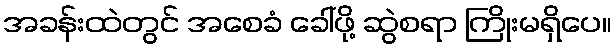
အခန်းထဲတွင် အစေခံ ခေါ်ဖို့ ဆွဲစရာ ကြိုးမရှိပေ။